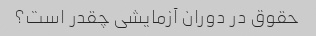
حقوق در دوران آزمایشی چقدر است؟